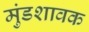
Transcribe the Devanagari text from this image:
मुंडशावक